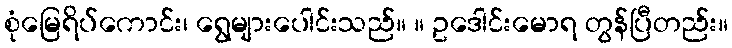
စုံမြေရိပ်ကောင်း၊ ရွေများပေါင်းသည်။ ။ ဥဒေါင်းမောရ တွန်ပြီတည်း။